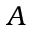
\boldsymbol { A }